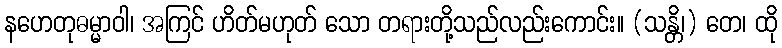
နဟေတုဓမ္မာဝါ၊ အကြင် ဟိတ်မဟုတ် သော တရားတို့သည်လည်းကောင်း။ (သန္တိ၊) တေ၊ ထို